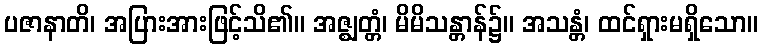
ပဇာနာတိ၊ အပြားအားဖြင့်သိ၏။ အဇ္ဈတ္တံ၊ မိမိသန္တာန်၌။ အသန္တံ၊ ထင်ရှားမရှိသော။